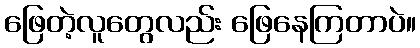
ဖြေတဲ့လူတွေလည်း ဖြေနေကြတာပဲ။